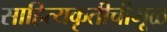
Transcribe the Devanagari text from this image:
साहित्यकृतीचीमूळ